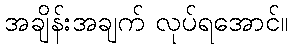
အချိန်းအချက် လုပ်ရအောင်။